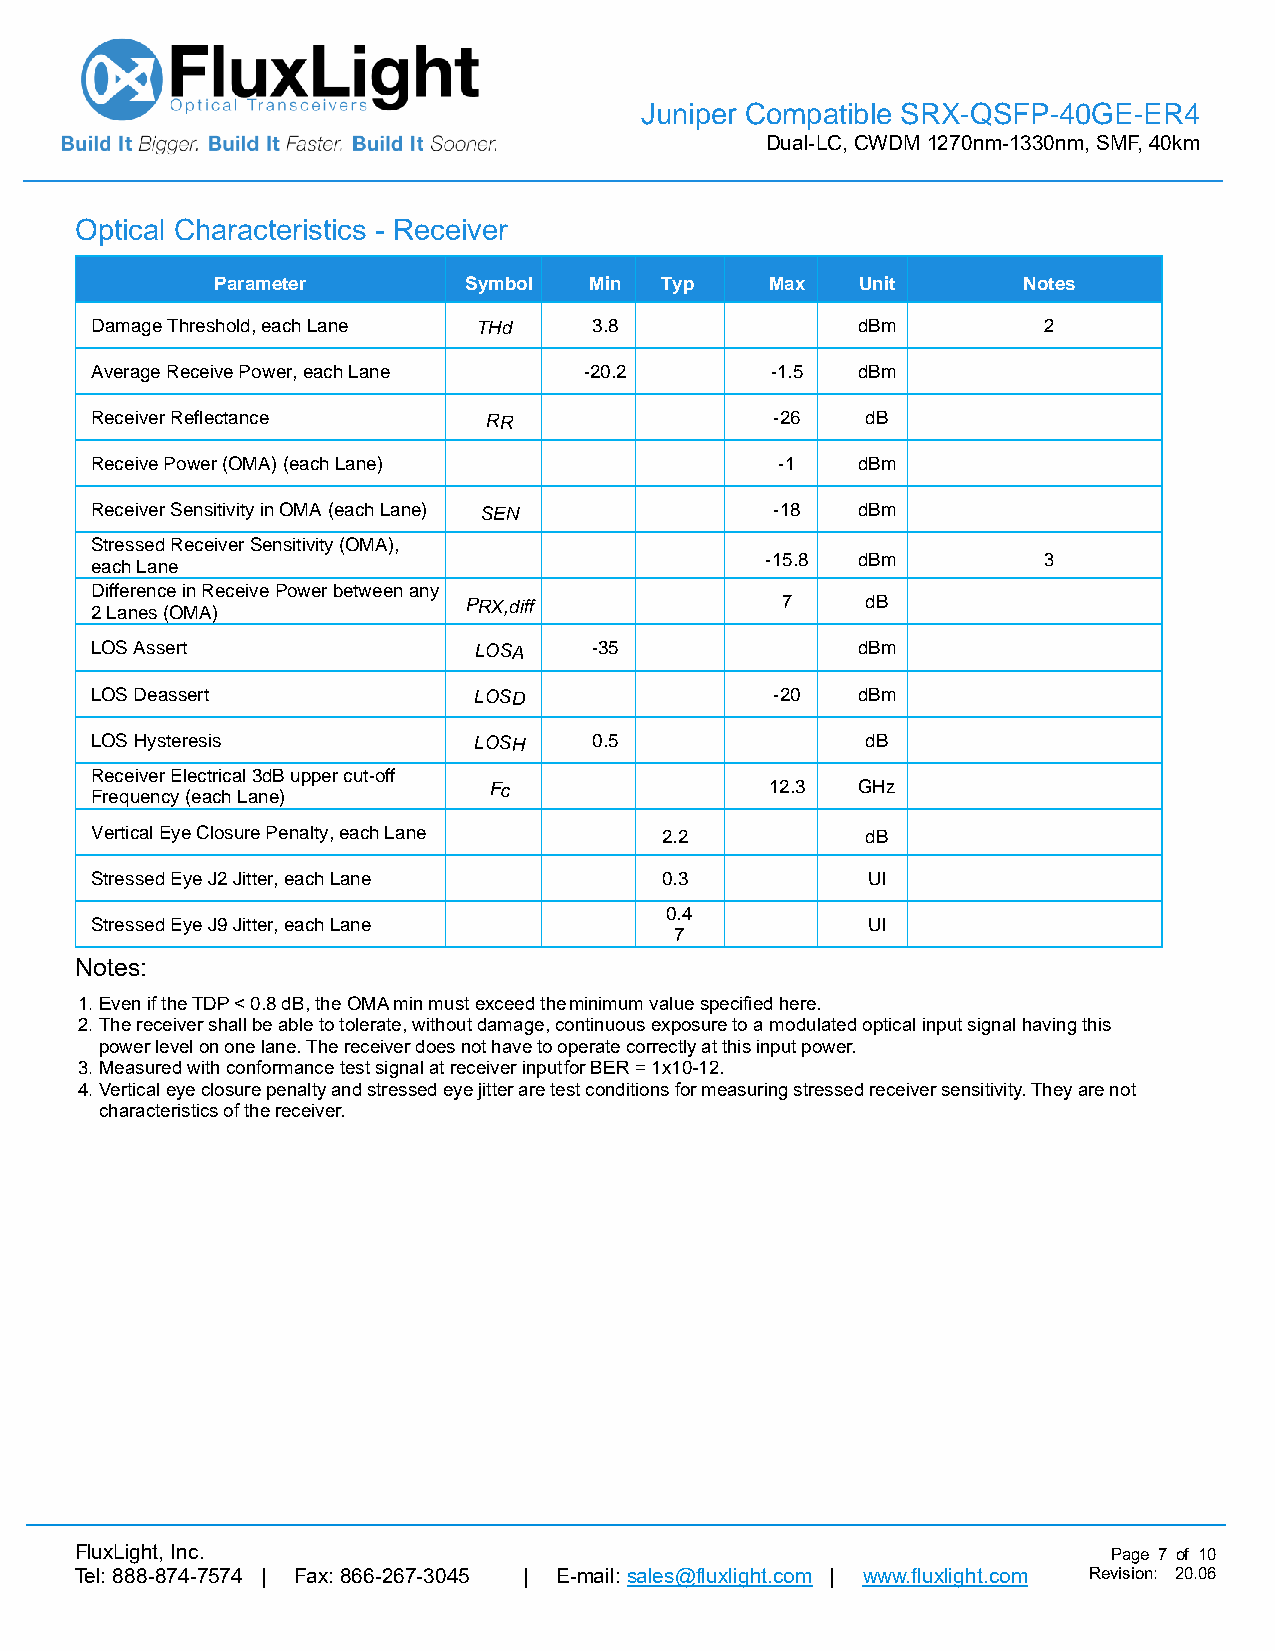
Juniper Compatible SRX-QSFP-40GE-ER4
 Dual-LC, CWDM 1270nm-1330nm, SMF, 40km
 Optical Characteristics - Receiver
 Parameter        Symbol  Min  Typ    Max   Unit       Notes
 Damage Threshold, each Lane THd  3.8               dBm         2
 Average Receive Power, each Lane -20.2       -1.5  dBm
 Receiver Reflectance      RR                 -26   dB
 Receive Power (OMA) (each Lane)               -1   dBm
 Receiver Sensitivity in OMA (each Lane) SEN  -18   dBm
 Stressed Receiver Sensitivity (OMA),
 -15.8 dBm         3
 each Lane
 Difference in Receive Power between any
 2 Lanes (OMA)
 PRX,diff             7    dB
 LOS Assert               LOSA    -35               dBm
 LOS Deassert             LOSD                -20   dBm
 LOS Hysteresis           LOSH    0.5               dB
 Receiver Electrical 3dB upper cut-off
 Frequency (each Lane)
 Fc                 12.3  GHz
 Vertical Eye Closure Penalty, each Lane 2.2        dB
 Stressed Eye J2 Jitter, each Lane     0.3          UI
 0.4
 Stressed Eye J9 Jitter, each Lane                  UI
 7
 Notes:
 1. Even if the TDP < 0.8 dB, the OMA min must exceed the minimum value specified here.
 2. The receiver shall be able to tolerate, without damage, continuous exposure to a modulated optical input signal having this
 power level on one lane. The receiver does not have to operate correctly at this input power.
 3. Measured with conformance test signal at receiver input for BER = 1x10-12.
 4. Vertical eye closure penalty and stressed eye jitter are test conditions for measuring stressed receiver sensitivity. They are not
 characteristics of the receiver.
 FluxLight, Inc.                                                      Page 7 of 10
 Tel: 888-874-7574 | Fax: 866-267-3045 | E-mail: sales@fluxlight.com | www.fluxlight.com Revision: 20.06